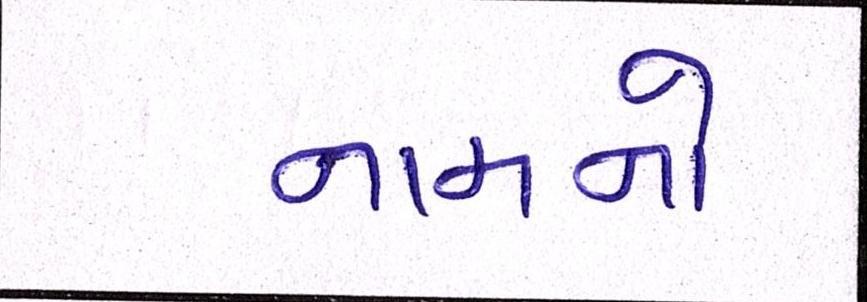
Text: નામનો